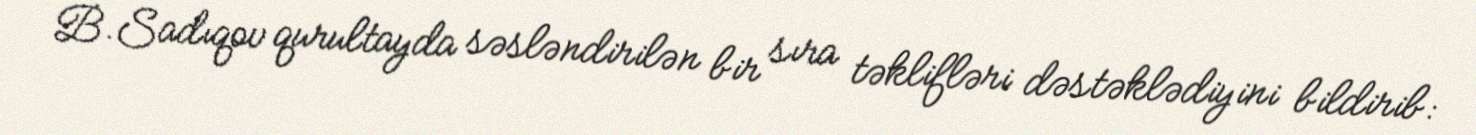
B.Sadıqov qurultayda səsləndirilən bir sıra təklifləri dəstəklədiyini bildirib: